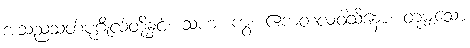
အသညသတ်ပုဂ္ဂိုလ်တို့နှင့်။ သဟ၊ ကွ။ ဧကတလဝါသိနော၊ တူမျှသော